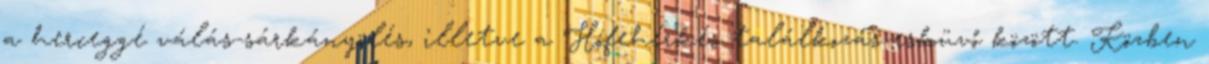
a herceggé válás-sárkányölés, illetve a Hófehérkés találkozás-esküvő között. Közben